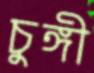
চুঙ্গী